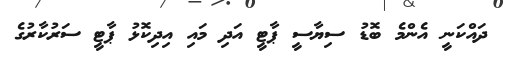
ދައްކަނީ އެންމެ ބޮޑު ސިޔާސީ ޕާޓީ އަދި މައި އިދިކޮޅު ޕާޓީ ސަރުކާރުގެ